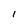
Character: 1